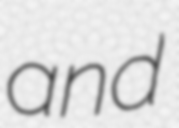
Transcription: and